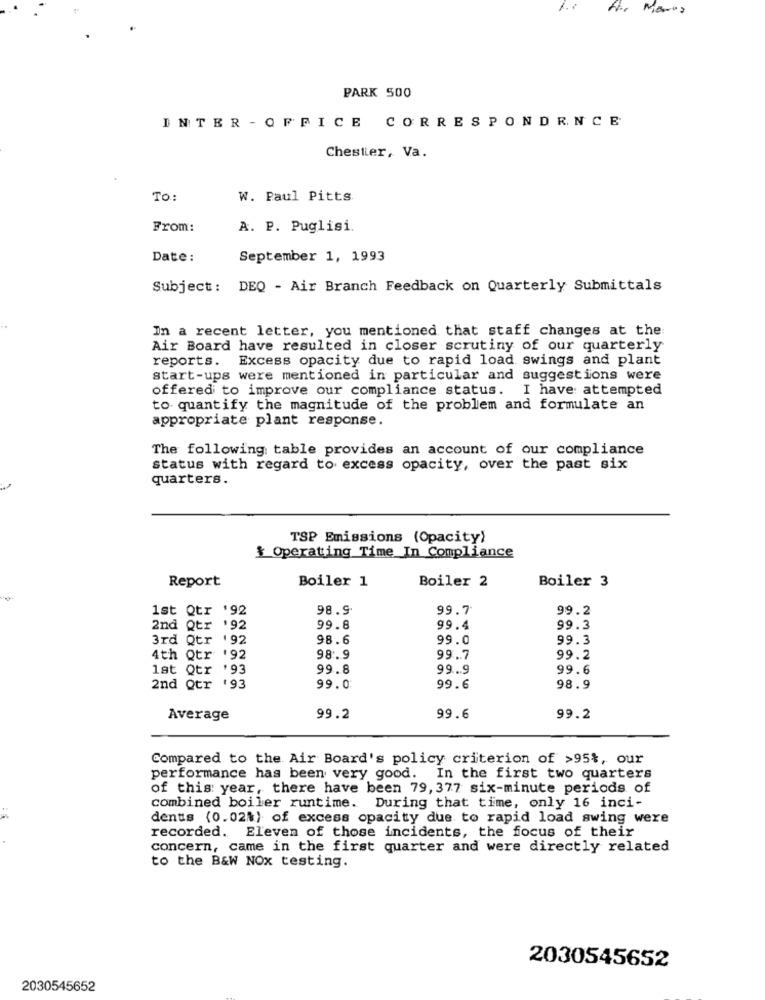
Hor Monas
PARK 500
INTER - OFFICE CORRESPONDENCE
Chester, Va.
To:
W. Paul Pitts
From:
A. P. Puglisi.
Date :
September 1, 1993
Subject: DEQ - Air Branch Feedback on Quarterly Submittals
In a recent letter, you mentioned that staff changes at the:
Air Board have resulted in closer scrutiny of our quarterly
reports. Excess opacity due to rapid load swings and plant
start-ups were mentioned in particular and suggestions were
offered to improve our compliance status.
I have attempted
to quantify the magnitude of the problem and formulate an
appropriate plant response.
The following table provides an account of our compliance
status with regard to excess opacity, over the past six
quarters.
TSP Emissions (Opacity)
& Operating Time In Compliance
Report
Boiler 1
Boiler 2
Boiler 3
1st Qtr '92
98.9
99.7
99.2
2nd Qtr '92
99.8
99.4
99.3
3rd Qtr '92
98.6
99.0
99.3
4th Qtr '92
98.9
99.7
99.2
1st Qtr '93
99.8
99 ... 9
99.6
2nd Qtr '93
99.0
99.6
98.9
Average
99.2
99.6
99.2
Compared to the Air Board's policy criterion of >95%, our
performance has been very good. In the first two quarters
of this year, there have been 79, 377 six-minute periods of
combined boiler runtime. During that time, only 16 inci-
dents (0.02%) of excess opacity due to rapid load swing were
recorded. Eleven of those incidents, the focus of their
concern, came in the first quarter and were directly related
to the B&W NOX testing.
2030545652
2030545652